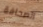
الصحافة